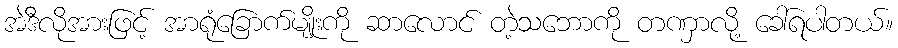
အဲဒီလိုအားဖြင့် အာရုံခြောက်မျိုးကို ဆာလောင် တဲ့သဘောကို တဏှာလို့ ခေါ်ရပါတယ်။